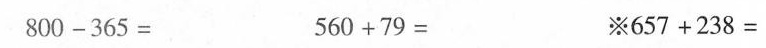
$$8 0 0 - 3 6 5 =$$$$5 6 0 + 7 9 = $$$$※ 6 5 7 + 2 3 8 =$$